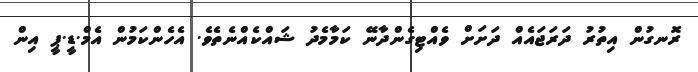
ރޮނގުން އިތުރު ދަރަޖައެއް ދަށަށް ވެއްޓިގެންދާނޭ ކަމާމެދު ޝައްކެއްނެތެވެ. އެހެންކަމުން އެމް.ޑީ.ޕީ އިން